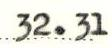
32.31